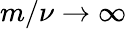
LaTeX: m/\nu\to\infty